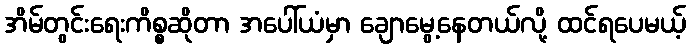
အိမ်တွင်းရေးကိစ္စဆိုတာ အပေါ်ယံမှာ ချောမွေ့နေတယ်လို့ ထင်ရပေမယ့်